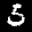
Label: 5